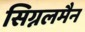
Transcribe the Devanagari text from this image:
सिग्नलमैन